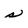
Character: s